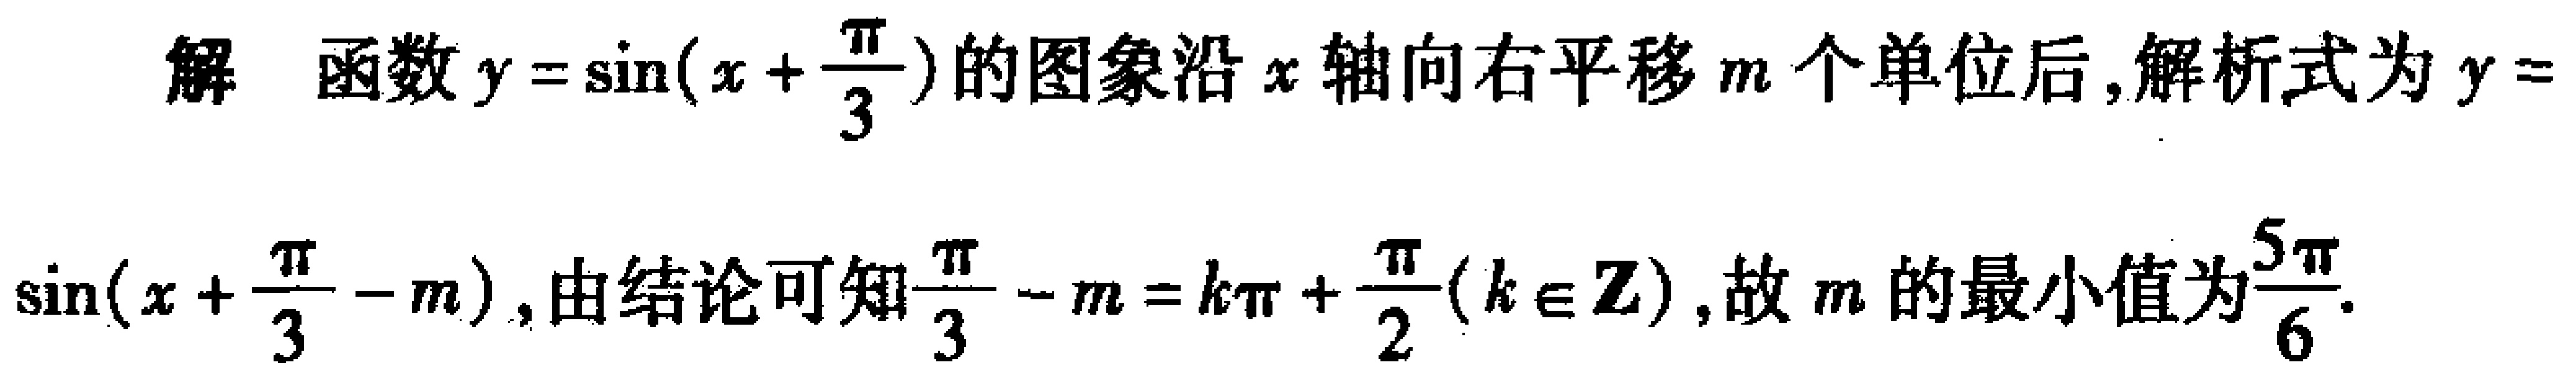
解 函数\(y = \sin(x+\frac{\pi}{3})\)的图象沿\(x\)轴向右平移\(m\)个单位后,解析式为\(y = \sin(x+\frac{\pi}{3}-m)\),由结论可知\(\frac{\pi}{3}-m = k\pi+\frac{\pi}{2}(k\in\mathbf{Z})\),故\(m\)的最小值为\(\frac{5\pi}{6}\).